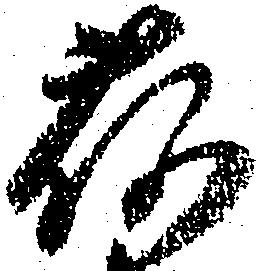
荷